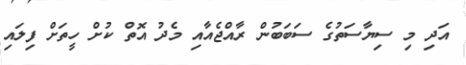
އަދި މި ސިޔާސަތުގެ ސަބަބުން ރާއްޖެއާއި މެދު އޮތް ކުށް ހީތަށް ފިލައި